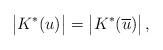
LaTeX: \begin{align*}\big|K^*(u)\big|=\big|K^*(\overline{u})\big|\,,\end{align*}